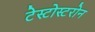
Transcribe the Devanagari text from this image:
टेस्टोस्टरोन